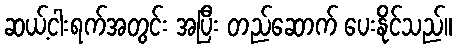
ဆယ့်ငါးရက်အတွင်း အပြီး တည်ဆောက် ပေးနိုင်သည်။